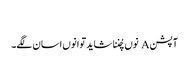
‏
آپشن A نوں چُننا شاید توانوں اسان لگے۔